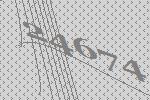
24674